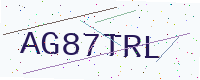
Text: AG87TRL